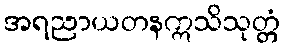
အရညာယတနဣသိသုတ္တံ